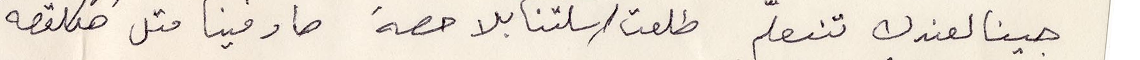
جينا لعندك نتعلم طلعت اسلتنا بلا حصة صار فينا متل هالقصة